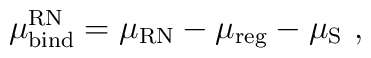
\mu_{\rm bind}^{\rm RN} = \mu_{\rm RN} - \mu_{\rm reg} - \mu_{\rm S}\ ,